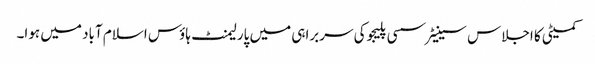
کمیٹی کا اجلاس سینیٹر سسی پلیجو کی سربراہی میں پارلیمنٹ ہاؤس اسلام آباد میں ہوا۔